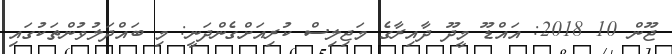
ޖޫން 10 2018: އައްޑޫ މީދޫ ދާއިރާގެ މަޖިލިސް ކުރިއަށްގެންދަނީ: މި ބައްދަލުވުންތަކުގައި